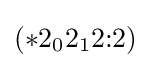
(*2_{0}2_{1}2{:}2)